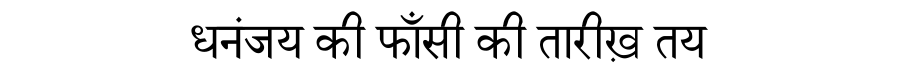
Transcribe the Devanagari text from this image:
धनंजय की फाँसी की तारीख़ तय